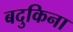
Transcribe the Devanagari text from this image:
बदुकिना